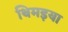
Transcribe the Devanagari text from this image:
थिमइया